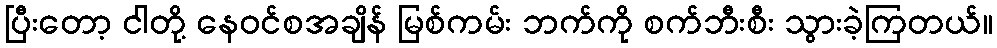
ပြီးတော့ ငါတို့ နေဝင်စအချိန် မြစ်ကမ်း ဘက်ကို စက်ဘီးစီး သွားခဲ့ကြတယ်။